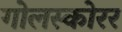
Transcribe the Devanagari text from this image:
गोलस्कोरर